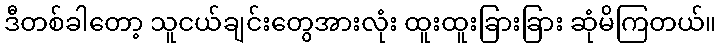
ဒီတစ်ခါတော့ သူငယ်ချင်းတွေအားလုံး ထူးထူးခြားခြား ဆုံမိကြတယ်။